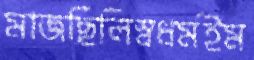
মাজছিলিস্বধর্মইম